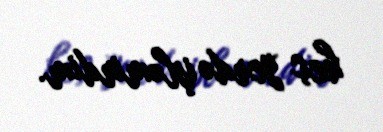
heç yerdə işləmirdim.